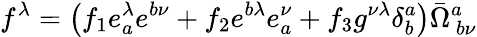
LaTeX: f^{\lambda}=\left(f_{1}e_{a}^{\lambda}e^{b\nu}+f_{2}e^{b\lambda}e_{a}^{\nu}+f_{3}g^{\nu\lambda}\delta_{b}^{a}\right)\bar{\Omega}_{~b\nu}^{a}